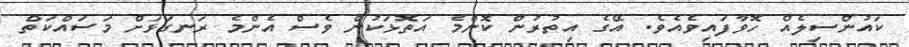
ކައުންސިލެއް ހޮވާފައިވެއެވެ. އޭގެ އިތުރުން ކޮންމެ އަތޮޅަކުން ވެސް އެންމެ ރަނގަޅަށް މަސައްކަތް